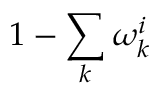
1 - \sum _ { k } \omega _ { k } ^ { i }